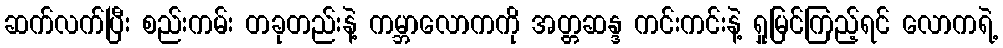
ဆက်လက်ပြီး စည်းကမ်း တခုတည်းနဲ့ ကမ္ဘာလောကကို အတ္တဆန္ဒ ကင်းကင်းနဲ့ ရှုမြင်ကြည့်ရင် လောကရဲ့